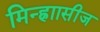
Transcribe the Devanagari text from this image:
मिन्ह्राासीज